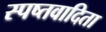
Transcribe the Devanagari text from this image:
स्पष्तवादिता